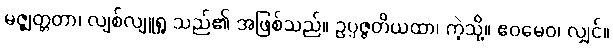
မဇ္ဈတ္တတာ၊ လျစ်လျူရှု သည်၏ အဖြစ်သည်။ ဥပ္ပဇ္ဇတိယထာ၊ ကဲ့သို့။ ဧဝမေဝ၊ လျှင်။